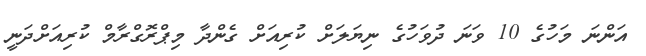
އަންނަ މަހުގެ 10 ވަނަ ދުވަހުގެ ނިޔަލަށް ކުރިއަށް ގެންދާ މިޕްރޮގްރާމް ކުރިއަށްދަނީ